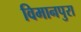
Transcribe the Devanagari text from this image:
विमानपुरा